Rangoon Lunatic Asylum 1893-1897 - 1893-1897
Year: 1893
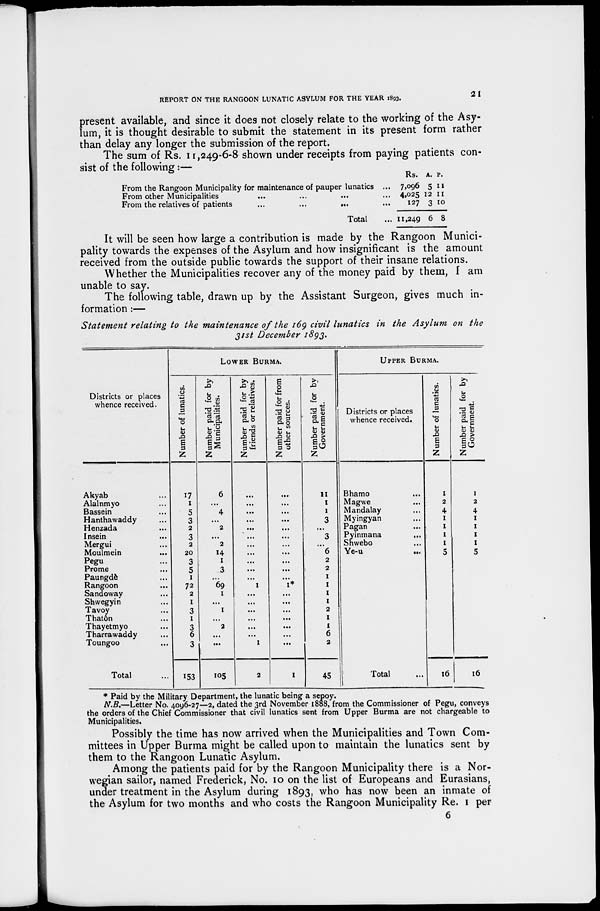
REPORT ON THE RANGOON LUNATIC ASYLUM FOR THE YEAR 1893.
21
present available, and since it does not closely relate to the working of the Asy-
lum, it is thought desirable to submit the statement in its present form rather
than delay any longer the submission of the report.
The sum of Rs. 11,249-6-8 shown under receipts from paying patients con-
sist of the following:—
From the Rangoon Municipality for maintenance of pauper lunatics ...
From other Municipalities ... ... ... ... ...
From the relatives of patients
...
...
...
...
...
Total ...
Rs.
7,096
4,025
127
11,249
A.
5
12
3
6
P.
11
11
10
8
It will be seen how large a contribution is made by the Rangoon Munici-
pality towards the expenses of the Asylum and how insignificant is the amount
received from the outside public towards the support of their insane relations.
Whether the Municipalities recover any of the money paid by them, I am
unable to say.
The following table, drawn up by the Assistant Surgeon, gives much in-
formation :—
Statement relating to the maintenance of the 169 civil lunatics
in the Asylum
on the
31st December 1893.
Districts or places
whence received.
Akyab ...
Alalnmyo ...
Bassein ...
Hanthawaddy ...
Henzada ...
Insein ...
Mergui ...
Moulmein ...
Pegu ...
Prome ...
Paungdè ...
Rangoon ...
Sandoway ...
Shwegyin ...
Tavoy ...
Thatôn ...
Thayetmyo ...
Tharrawaddy ...
Toungoo ...
Total ...
LOWER BURMA.
Number of lunatics.
17
1
5
3
2
3
2
20
3
5
1
72
2
1
3
1
3
6
3
153
Number paid for by
Municipalities.
6
...
4
...
2
...
2
14
1
3
...
69
1
...
1
...
2
...
...
105
Number paid for by
friends or relatives.
...
...
...
...
...
...
...
...
...
...
...
1
...
...
..
...
...
...
1
2
N umber paid for from
other sources.
...
...
...
...
...
...
...
...
...
...
...
1*
...
...
...
...
...
...
...
1
Number paid for by
Government.
11
1
1
3
...
3
...
6
2
2
1
1
1
1
2
1
1
6
2
45
UPPER BURMA.
Districts or places
whence received.
Bhamo
...
Magwe ...
Mandalay ...
Myingyan ...
Pagan ...
Pyinmana
...
Shwebo ...
Ye-u
...
Total ...
Number of lunatics.
1
2
4
1
1
1
1
5
16
Number paid for by
Government.
1
2
4
1
1
1
1
5
16
* Paid by the Military Department, the lunatic being a sepoy.
N.B.—Letter No. 4096-27—2, dated the 3rd November 1888, from the Commissioner of Pegu, conveys
the orders of the Chief Commissioner that civil lunatics sent from Upper Burma are not chargeable to
Municipalities.
Possibly the time has now arrived when the Municipalities and Town Com-
mittees in Upper Burma might be called upon to maintain the lunatics sent by
them to the Rangoon Lunatic Asylum.
Among the patients paid for by the Rangoon Municipality there is a Nor-
wegian sailor, named Frederick, No. 10 on the list of Europeans and Eurasians,
under treatment in the Asylum during 1893, who has now been an inmate of
the Asylum for two months and who costs the Rangoon Municipality Re. 1 per
6